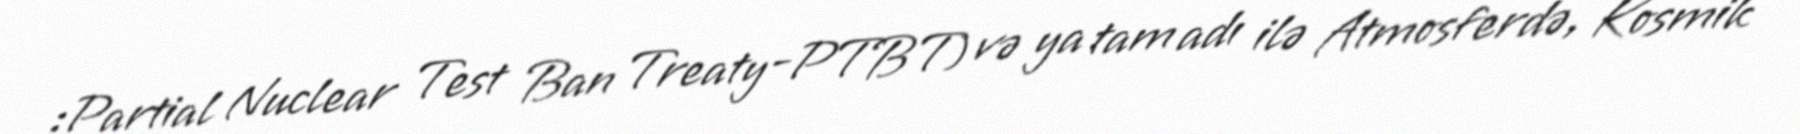
:Partial Nuclear Test Ban Treaty-PTBT) və ya tam adı ilə Atmosferdə, Kosmik